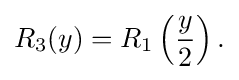
R_{3}(y)=R_{1}\left({\frac {y}{2}}\right){\text{.}}